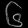
Digit: ၆